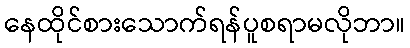
နေထိုင်စားသောက်ရန်ပူစရာမလိုဘာ။